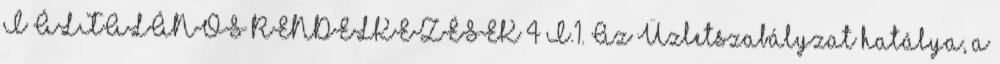
I ÁLTALÁNOS RENDELKEZÉSEK 4 I.1. Az Üzletszabályzat hatálya, a